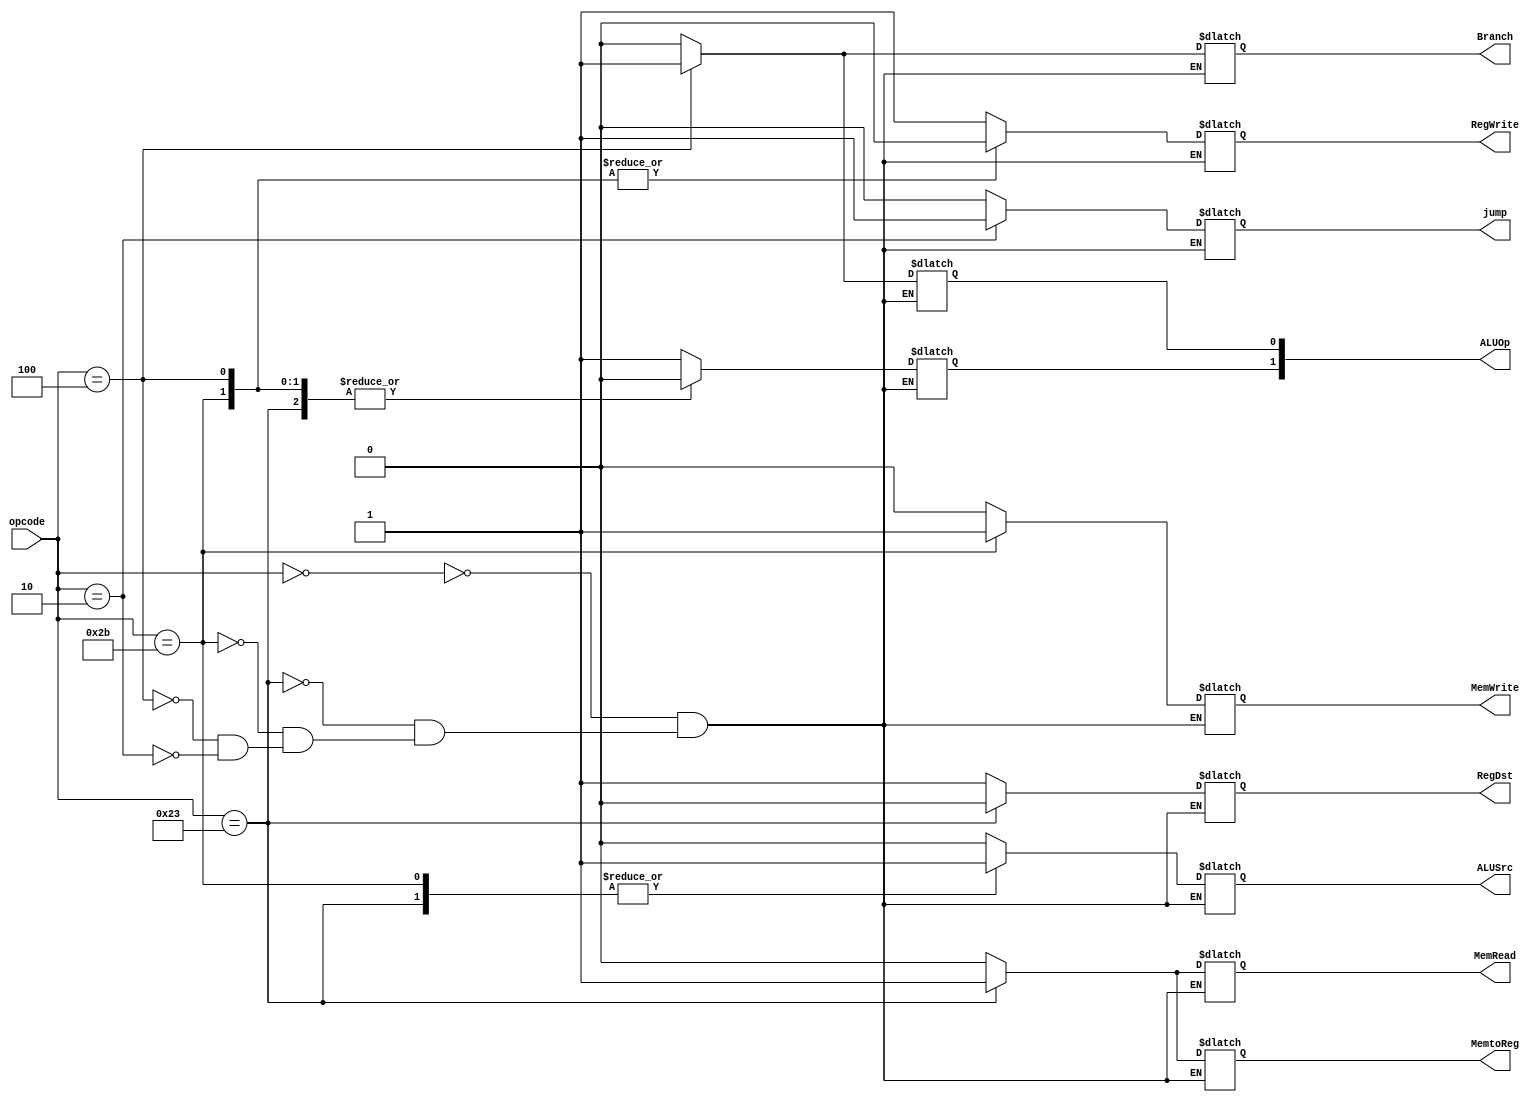

module control_unit(opcode, RegDst, Branch, jump, RegWrite, ALUSrc, ALUOp,
	MemRead, MemWrite, MemtoReg);	 
	
	input wire [5:0] opcode;
	output reg RegDst, Branch, jump, RegWrite, ALUSrc,
	MemRead, MemWrite, MemtoReg;
	output reg [1:0] ALUOp;
	
	always@(*)
		begin
		case(opcode)   
				//Rformat
			6'b000000:	begin
						RegDst   = 1'b1;
						ALUSrc   = 1'b0;
						MemtoReg = 1'b0;
						RegWrite = 1'b1;
						MemRead  = 1'b0;
						MemWrite = 1'b0;
						Branch   = 1'b0;
						jump	 = 1'b0;
						ALUOp[1] = 1'b1;
						ALUOp[0] = 1'b0;
			end
				//load word
			 6'b100011: begin
						RegDst   = 1'b0;
						ALUSrc   = 1'b1;
						MemtoReg = 1'b1;
						RegWrite = 1'b1;
						MemRead  = 1'b1;
						MemWrite = 1'b0;
						Branch   = 1'b0;
						jump	 = 1'b0;
						ALUOp[1] = 1'b0;
						ALUOp[0] = 1'b0;
			 end		
			 	//store word
			 6'b101011:	begin
				 		RegDst   = 1'bx;
						ALUSrc   = 1'b1;
						MemtoReg = 1'bx;
						RegWrite = 1'b0;
						MemRead  = 1'b0;
						MemWrite = 1'b1;
						Branch   = 1'b0; 
						jump	 = 1'b0;
						ALUOp[1] = 1'b0;
						ALUOp[0] = 1'b0;
			 end   
			 	//beq
			 6'b000100: begin
				 		RegDst   = 1'bx;
						ALUSrc   = 1'b0;
						MemtoReg = 1'bx;
						RegWrite = 1'b0;
						MemRead  = 1'b0;
						MemWrite = 1'b0;
						Branch   = 1'b1;
						jump	 = 1'b0;
						ALUOp[1] = 1'b0;
						ALUOp[0] = 1'b1;
			 end	
			 	//jump
			 6'b000010: begin
				 		RegDst   = 1'bx;
						ALUSrc   = 1'bx;
						MemtoReg = 1'bx;
						RegWrite = 1'bx;
						MemRead  = 1'bx;
						MemWrite = 1'bx;
						Branch   = 1'bx;
						jump	 = 1'b1;
						ALUOp[1] = 1'bx;
						ALUOp[0] = 1'bx;
			 end
			endcase
		end
endmodule  
module Test_Control_Unit_sc();
	
	reg [5:0] opcode;
	wire RegDst, Branch, jump, RegWrite, ALUSrc,
			MemRead, MemWrite, MemtoReg;
	wire [1:0] ALUOp;
	control_unit cu(opcode, RegDst, Branch, jump, RegWrite, ALUSrc, ALUOp,
	MemRead, MemWrite, MemtoReg);
	initial 
		begin
		$monitor("opcode = %b\n----\nRegDst = %b\nBranch = %b\njump = %b\nRegWrite = %b\nALUSrc = %b\nMemRead = %b\nMemWrite = %b\nMemtoReg = %b\nALUOp = %b\n****\n",
		opcode, RegDst, Branch, jump, RegWrite, ALUSrc, MemRead, MemWrite, MemtoReg, ALUOp);
		#5
		opcode = 6'b000000;
		#5
		opcode = 6'b100011;
		#5
		opcode = 6'b101011; 
		#5
		opcode = 6'b000100;
		end
endmodule